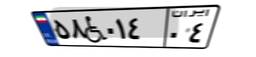
۷۵W۸۸۱۳۲